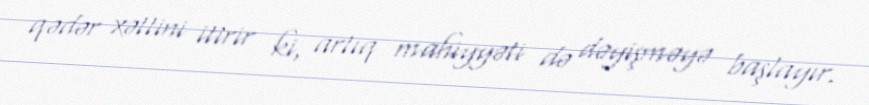
qədər xəttini itirir ki, artıq mahiyyəti də dəyişməyə başlayır.